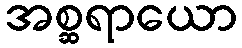
အစ္ဆရာယော